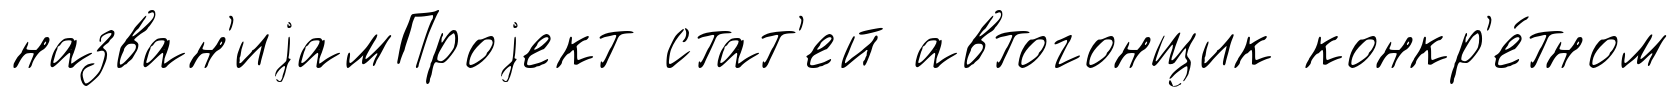
назван'иjамПроjект стат'ей автогонщик конкр'е́тном